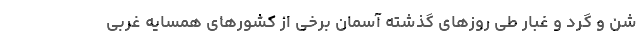
شن و گرد و غبار طی روزهای گذشته آسمان برخی از کشورهای همسایه غربی